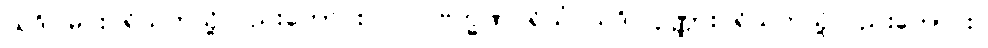
ယဒိ၊ မင်းပရိသတ်သို့လည်းကောင်း။ ပ။ ဗြဟ္မဏပရိသံ ယဒိ၊ ပုဏ္ဏားပရိသတ်သို့လည်းကောင်း။